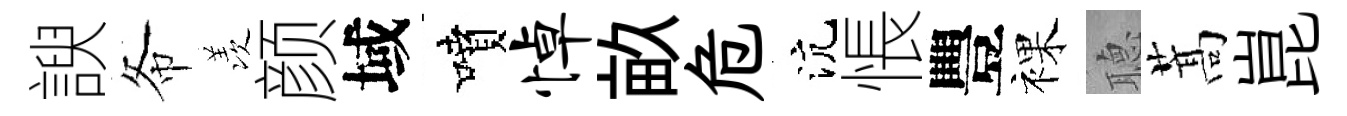
諛𢁙羡颜域噴悼畝危沆悵豐裸𦗟蒿崑